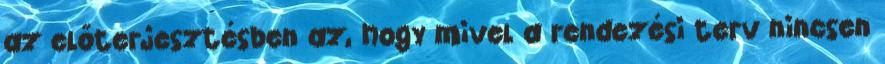
az előterjesztésben az, hogy mivel a rendezési terv nincsen